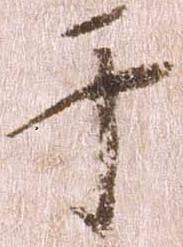
于